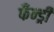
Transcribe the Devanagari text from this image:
फँन्ड्री